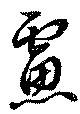
慮